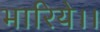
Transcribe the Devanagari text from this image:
भारिये।।